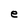
Character: e